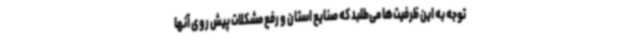
توجه به این ظرفیت‌ها می‌طلبد که صنایع استان و رفع مشکلات پیش روی آنها